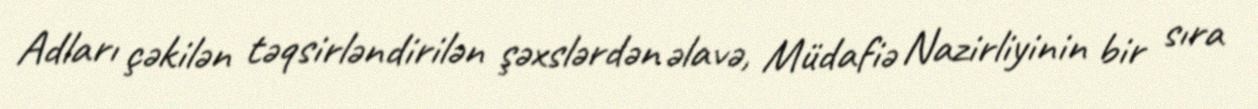
Adları çəkilən təqsirləndirilən şəxslərdən əlavə, Müdafiə Nazirliyinin bir sıra